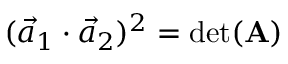
( \vec { a } _ { 1 } \cdot \vec { a } _ { 2 } ) ^ { 2 } = \operatorname* { d e t } ( \mathbf { A } )